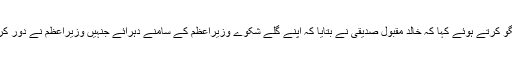
ملاقات کے بعد میڈیا سے گفتگو کرتے ہوئے کہا کہ خالد مقبول صدیقی نے بتایا کہ اپنے گلے شکوے وزیراعظم کے سامنے دہرائے جنہیں وزیراعظم نے دور کرنے کی یقین دہانی کرائی ہے۔